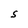
Character: S